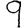
Digit: 9